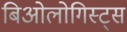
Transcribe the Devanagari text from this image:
बिओलोगिस्ट्स